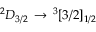
^ { 2 } D _ { 3 / 2 } \, \rightarrow \, ^ { 3 } [ 3 / 2 ] _ { 1 / 2 }